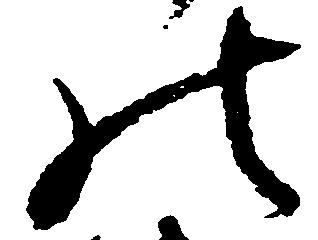
の